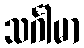
သင်္ဂါမာ